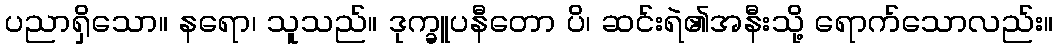
ပညာရှိသော။ နရော၊ သူသည်။ ဒုက္ခူပနီတော ပိ၊ ဆင်းရဲ၏အနီးသို့ ရောက်သောလည်း။